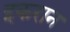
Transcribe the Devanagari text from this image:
इकरान